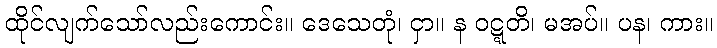
ထိုင်လျက်သော်လည်းကောင်း။ ဒေသေတုံ၊ ငှာ။ န ဝဋ္ဋတိ၊ မအပ်။ ပန၊ ကား။